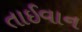
તાઈવાન